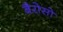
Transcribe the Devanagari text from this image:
बैरोसो